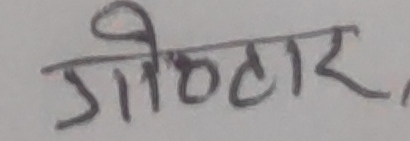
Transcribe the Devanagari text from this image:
गोठार